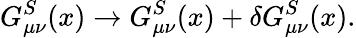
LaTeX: G_{\mu\nu}^{S}(x)\rightarrow G_{\mu\nu}^{S}(x)+\delta G_{\mu\nu}^{S}(x).